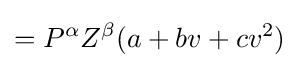
=P^{\alpha }Z^{\beta }(a+bv+cv^{2})